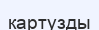
картузды